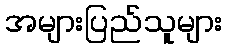
အများပြည်သူများ